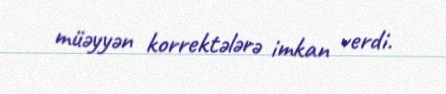
müəyyən korrektələrə imkan verdi.